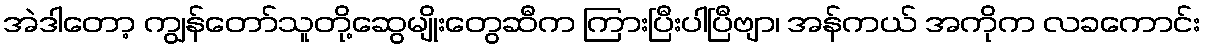
အဲဒါတော့ ကျွန်တော်သူတို့ဆွေမျိုးတွေဆီက ကြားပြီးပါပြီဗျာ၊ အန်ကယ် အကိုက လခကောင်း